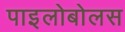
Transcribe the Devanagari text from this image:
पाइलोबोलस